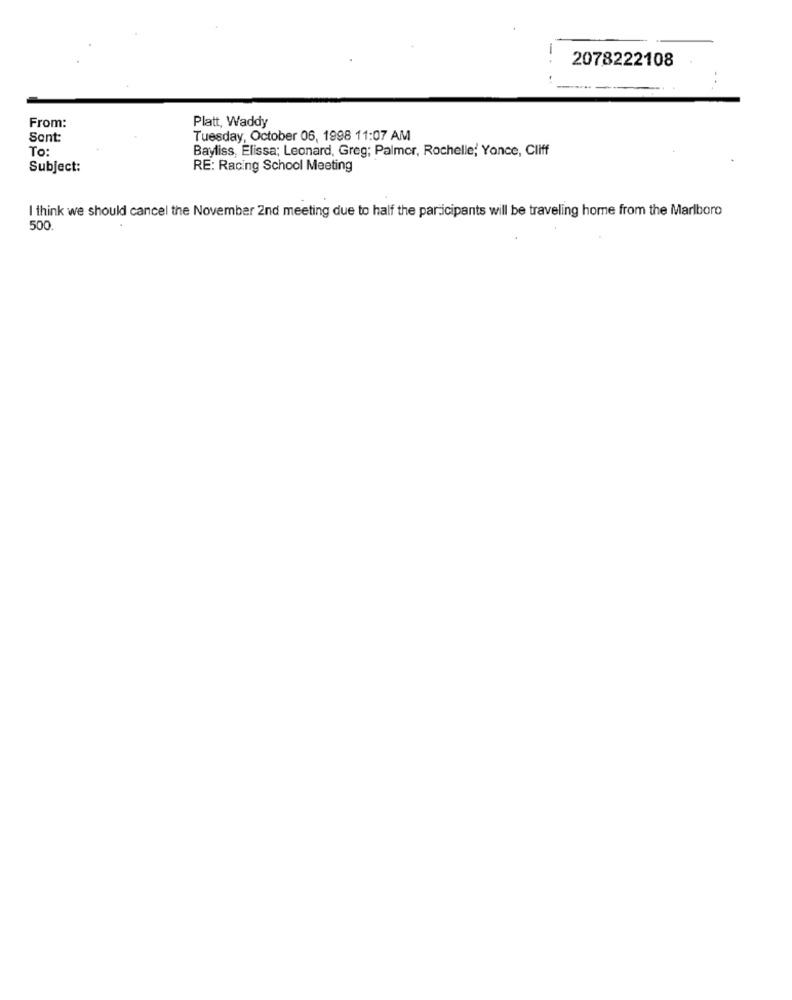
-
2078222108
..
From:
Platt, Waddy
Sent:
Tuesday, October 06, 1998 11:07 AM
To:
Bayliss, Elissa; Leonard, Greg; Palmer, Rochelle; Yonce, Cliff
Subject:
RE: Racing School Meeting
I think we should cancel the November 2nd meeting due to half the participants will be traveling home from the Marlboro
500.